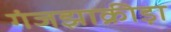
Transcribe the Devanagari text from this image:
गंजझाक्रीड़ा